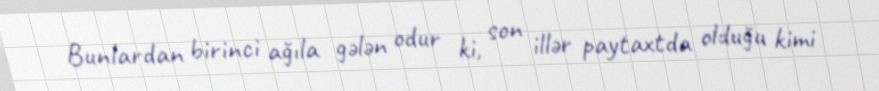
Bunlardan birinci ağıla gələn odur ki, son illər paytaxtda olduğu kimi